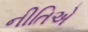
નીતિએ